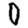
Digit: 0